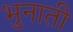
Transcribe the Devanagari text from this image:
भुनाती